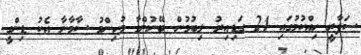
ސަފާރީ ހިއްކުމުގައި 24 ގަޑިއިރު ލިބުމުން ބޭނުންވާ މުހިންމު ސާމާނާ އެކު ޑިންގީ